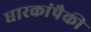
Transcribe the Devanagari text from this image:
धारकांपैकी